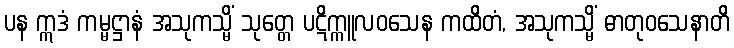
ပန ဣဒံ ကမ္မဋ္ဌာနံ အသုကသ္မိံ သုတ္တေ ပဋိက္ကူလဝသေန ကထိတံ, အသုကသ္မိံ ဓာတုဝသေနာတိ